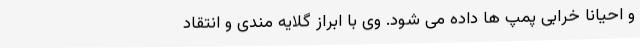
و احیانا خرابی پمپ ها داده می شود. وی با ابراز گلایه مندی و انتقاد